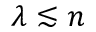
\lambda \lesssim n